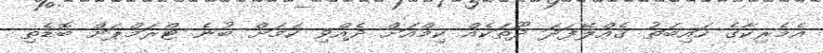
އެމެރިކާގެ ހައިބަތު ގެއްލޭފަދަ ދޫތަކެއް ކިމްއަށް ދެއްވި ކަމަށް ބުނެ ޓްރަމްޕަށް ބޮޑެތި